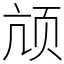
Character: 颃